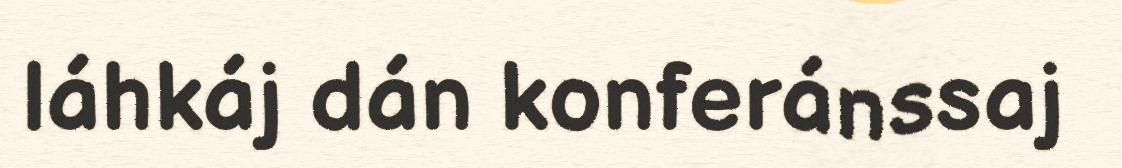
láhkáj dán konferánssaj